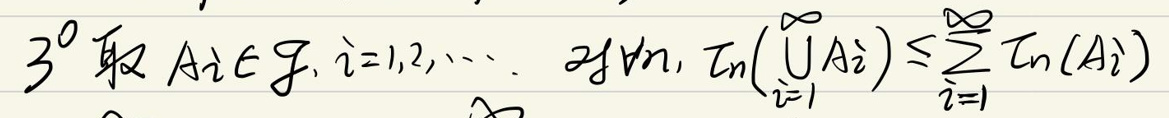
$30^{\circ}$取$A_i\in \mathcal{F},i = 1,2,\cdots. $对$\forall n, T_n\left(\bigcup_{i = 1}^{\infty}A_i\right)\leq\sum_{i = 1}^{\infty}T_n(A_i)$